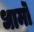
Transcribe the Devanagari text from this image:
धामॊं